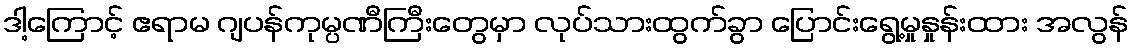
ဒါ့ကြောင့် ဧရာမ ဂျပန်ကုမ္ပဏီကြီးတွေမှာ လုပ်သားထွက်ခွာ ပြောင်းရွေ့မှုနှုန်းထား အလွန်